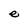
Character: e